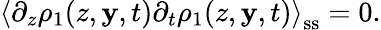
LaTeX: \left\langle\partial_{z}\rho_{1}(z,\mathbf{y},t)\partial_{t}\rho_{1}(z,\mathbf{y},t)\right\rangle_{\mathrm{{ss}}}=0.